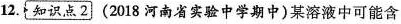
12. 知识点2 (2018河南省实验中学期中)某溶液中可能含